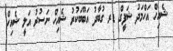
ޝެއިހް އަހްމަދު ޝަފީގް ޑރ ގުބާދު އަބޫބަކުރު ޝެއިހް ނަސުރު އަލީ ޝެއިހް